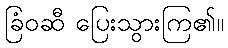
ခြံဝဆီ ပြေးသွားကြ၏။